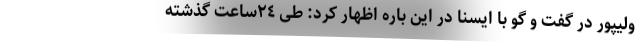
ولیپور در گفت و گو با ایسنا در این باره اظهار کرد: طی ٢٤ساعت گذشته